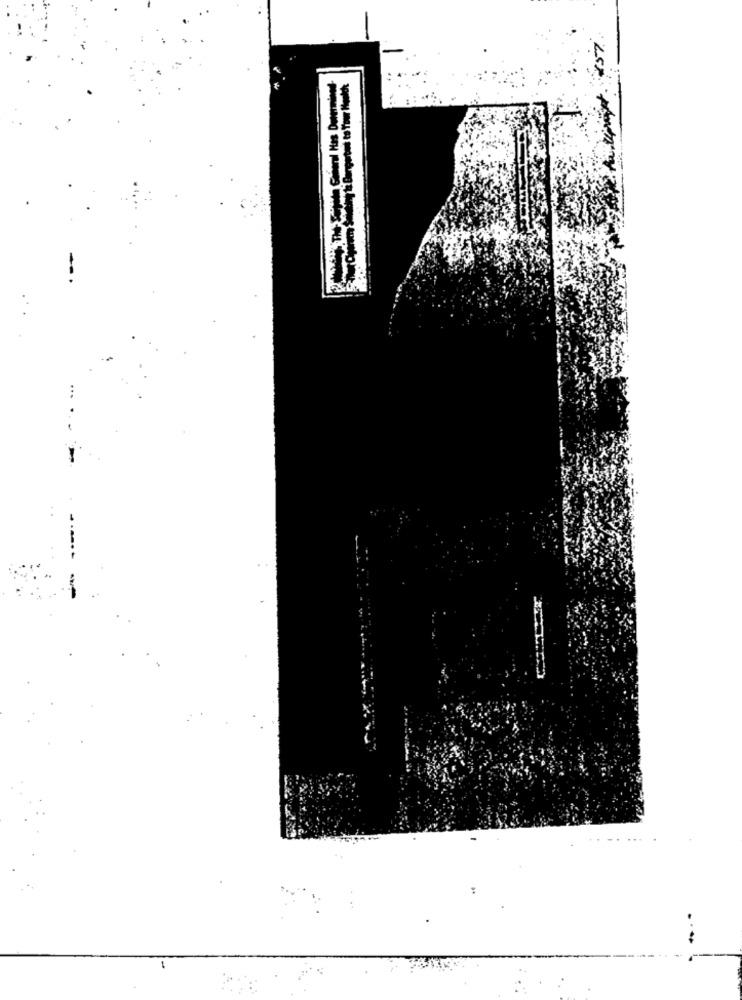
...